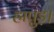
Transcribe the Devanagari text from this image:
हापुड़।